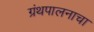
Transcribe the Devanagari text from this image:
ग्रंथपालनाचा